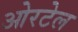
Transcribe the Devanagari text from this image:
ओरटेल